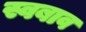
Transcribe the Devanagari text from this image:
स्वबाव